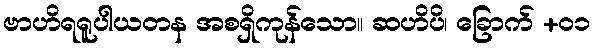
ဗာဟိရရူပါယတန အစရှိကုန်သော။ ဆဟိပိ၊ ခြောက် +၀၁